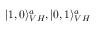
| 1 , 0 \rangle _ { V H } ^ { a } , | 0 , 1 \rangle _ { V H } ^ { a }